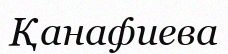
Қанафиева